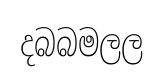
දබබමලල